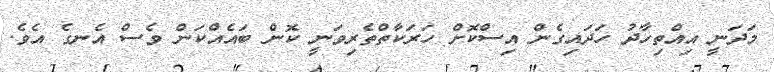
މަދަނީ އިއްތިހާދު ހަދައިގެން އިސްކޮށް ހަރަކާތްތެރިވަނީ ކޮން ބައެއްކަން ވެސް އެނގެ އެވެ.